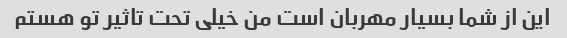
این از شما بسیار مهربان است من خیلی تحت تاثیر تو هستم